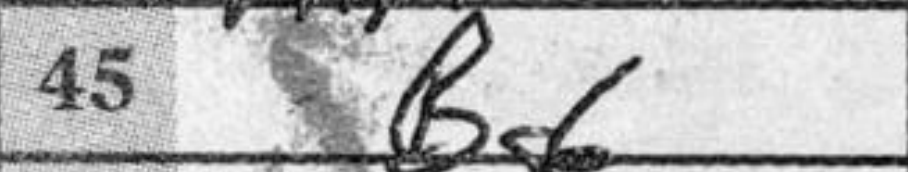
Transcription: Bg6